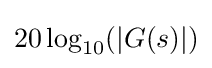
20\log _{10}(|G(s)|)